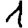
Digit: 1